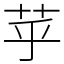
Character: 苸